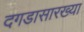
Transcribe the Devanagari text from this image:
दगडासारख्या